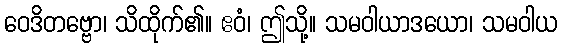
ဝေဒိတဗ္ဗော၊ သိထိုက်၏။ ဧဝံ၊ ဤသို့။ သမဝါယာဒယော၊ သမဝါယ